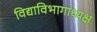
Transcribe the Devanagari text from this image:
विद्याविभागाध्यक्ष